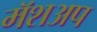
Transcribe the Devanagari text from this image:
मॅशअप